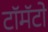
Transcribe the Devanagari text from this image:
टॉमॅटो